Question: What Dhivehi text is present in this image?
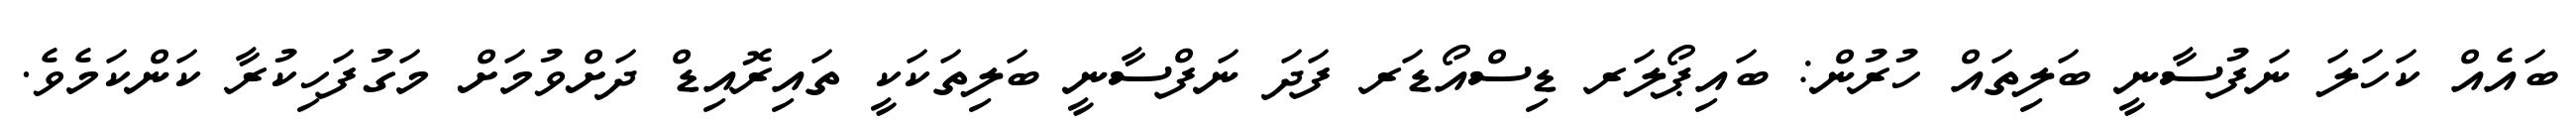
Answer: ބައެއް ކަހަލަ ނަފުސާނީ ބަލިތައް ހުރުން: ބައިޕޯލަރ ޑިސްއޯޑަރ ފަދަ ނަފްސާނީ ބަލިތަކަކީ ތައިރޮއިޑް ދަށްވުމަށް މަގުފަހިކުރާ ކަންކަމެވެ.